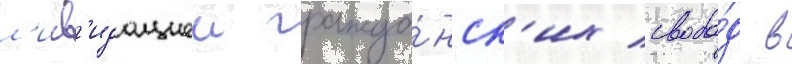
л'икв'идациеи гражда́нск'их свобо́д в